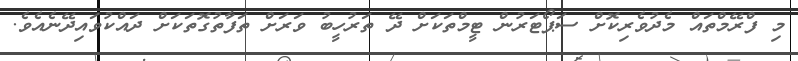
މި ފްރޭމްތައް މެދުވެރިކޮށް ސަޕޯޓަރުން ޓީމްތަކަށް ދޭ ތަރުހީބު ވަރަށް ތަފާތުގޮތަކަށް ދައްކުވައިދޭނެއެވެ.